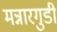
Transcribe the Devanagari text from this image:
मन्नारगुडी